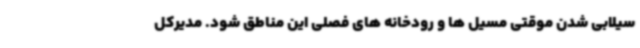
سیلابی شدن موقتی مسیل ها و رودخانه های فصلی این مناطق شود. مدیرکل